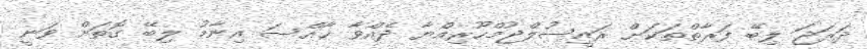
ދަރަޖަ ލިބޭ ފަރާތްތަކަށް ރައީސުލްޖުމްހޫރިއްޔާ ދެއްވާ ޚާއްސަ އިނާމު ލިބޭ ގޮތަށް ވަނީ